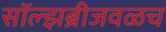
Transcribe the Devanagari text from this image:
सॉल्झब्रीजवळच